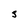
Character: S